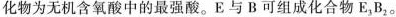
化物为无机含氧酸中的最强酸。E与B可组成化合物E_{3}B_{2}。